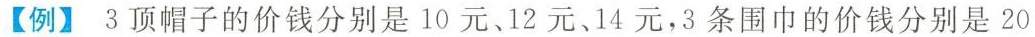
【例】3顶帽子的价钱分别是10元、12元、14元，3条围巾的价钱分别是20